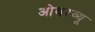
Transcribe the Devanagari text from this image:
ओवरव्यू